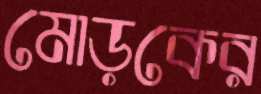
মোড়কের